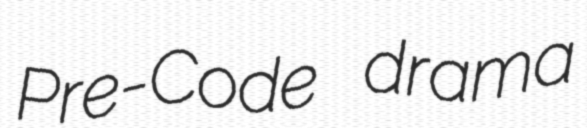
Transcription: Pre-Code drama